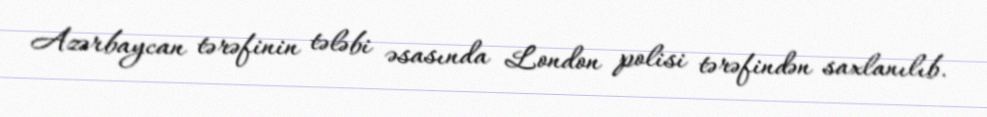
Azərbaycan tərəfinin tələbi əsasında London polisi tərəfindən saxlanılıb.